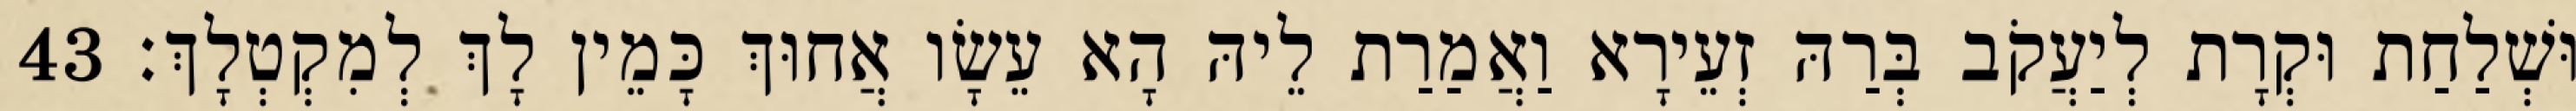
וּשְׁלַחַת וּקְרָת לְיַעֲקֹב בְּרַהּ זְעֵירָא וַאֲמַרַת לֵיהּ הָא עֵשָׂו אֲחוּךְ כָּמֵין לָךְ לְמִקְטְלָךְ׃ 43